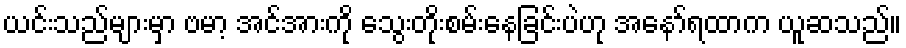
ယင်းသည်များမှာ ဗမာ့ အင်အားကို သွေးတိုးစမ်းနေခြင်းပဲဟု အနော်ရထာက ယူဆသည်။